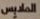
الملابس